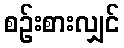
စဉ်းစားလျှင်